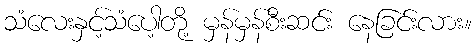
သံလေးနှင့်သံပေါ့တို့ မှန်မှန်စီးဆင်း နေခြင်းလား။